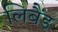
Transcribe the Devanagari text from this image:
लिबैंड